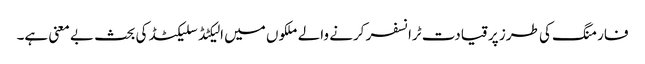
فارمنگ کی طرز پر قیادت ٹرانسفر کرنے والے ملکوں میں الیکٹڈ سلیکٹڈ کی بحث بے معنی ہے۔